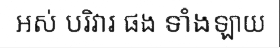
អស់ បរិវារ ផង ទាំងឡាយ